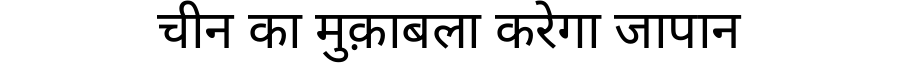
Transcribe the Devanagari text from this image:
चीन का मुक़ाबला करेगा जापान